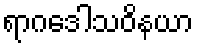
ရာဂဒေါသဝိနယာ